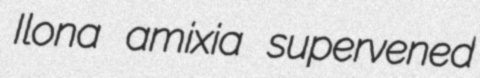
Ilona amixia supervened